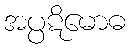
အပ္ပဋိမောဓ